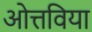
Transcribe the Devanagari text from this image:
ओत्तविया